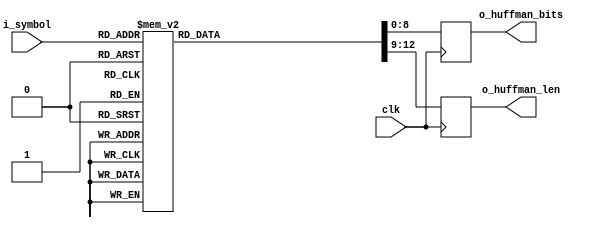

module static_huffman_table (
    input  wire        clk,
    input  wire [ 8:0] i_symbol,
    output wire [ 8:0] o_huffman_bits,
    output wire [ 3:0] o_huffman_len
);

reg  [ 8:0] bits;
reg  [ 3:0] len;

assign o_huffman_bits = bits;
assign o_huffman_len  = len;

always @ (posedge clk)
    case (i_symbol)
        9'h000 : begin  bits <= 9'h00c;  len <= 4'd8;  end
        9'h001 : begin  bits <= 9'h08c;  len <= 4'd8;  end
        9'h002 : begin  bits <= 9'h04c;  len <= 4'd8;  end
        9'h003 : begin  bits <= 9'h0cc;  len <= 4'd8;  end
        9'h004 : begin  bits <= 9'h02c;  len <= 4'd8;  end
        9'h005 : begin  bits <= 9'h0ac;  len <= 4'd8;  end
        9'h006 : begin  bits <= 9'h06c;  len <= 4'd8;  end
        9'h007 : begin  bits <= 9'h0ec;  len <= 4'd8;  end
        9'h008 : begin  bits <= 9'h01c;  len <= 4'd8;  end
        9'h009 : begin  bits <= 9'h09c;  len <= 4'd8;  end
        9'h00a : begin  bits <= 9'h05c;  len <= 4'd8;  end
        9'h00b : begin  bits <= 9'h0dc;  len <= 4'd8;  end
        9'h00c : begin  bits <= 9'h03c;  len <= 4'd8;  end
        9'h00d : begin  bits <= 9'h0bc;  len <= 4'd8;  end
        9'h00e : begin  bits <= 9'h07c;  len <= 4'd8;  end
        9'h00f : begin  bits <= 9'h0fc;  len <= 4'd8;  end
        9'h010 : begin  bits <= 9'h002;  len <= 4'd8;  end
        9'h011 : begin  bits <= 9'h082;  len <= 4'd8;  end
        9'h012 : begin  bits <= 9'h042;  len <= 4'd8;  end
        9'h013 : begin  bits <= 9'h0c2;  len <= 4'd8;  end
        9'h014 : begin  bits <= 9'h022;  len <= 4'd8;  end
        9'h015 : begin  bits <= 9'h0a2;  len <= 4'd8;  end
        9'h016 : begin  bits <= 9'h062;  len <= 4'd8;  end
        9'h017 : begin  bits <= 9'h0e2;  len <= 4'd8;  end
        9'h018 : begin  bits <= 9'h012;  len <= 4'd8;  end
        9'h019 : begin  bits <= 9'h092;  len <= 4'd8;  end
        9'h01a : begin  bits <= 9'h052;  len <= 4'd8;  end
        9'h01b : begin  bits <= 9'h0d2;  len <= 4'd8;  end
        9'h01c : begin  bits <= 9'h032;  len <= 4'd8;  end
        9'h01d : begin  bits <= 9'h0b2;  len <= 4'd8;  end
        9'h01e : begin  bits <= 9'h072;  len <= 4'd8;  end
        9'h01f : begin  bits <= 9'h0f2;  len <= 4'd8;  end
        9'h020 : begin  bits <= 9'h00a;  len <= 4'd8;  end
        9'h021 : begin  bits <= 9'h08a;  len <= 4'd8;  end
        9'h022 : begin  bits <= 9'h04a;  len <= 4'd8;  end
        9'h023 : begin  bits <= 9'h0ca;  len <= 4'd8;  end
        9'h024 : begin  bits <= 9'h02a;  len <= 4'd8;  end
        9'h025 : begin  bits <= 9'h0aa;  len <= 4'd8;  end
        9'h026 : begin  bits <= 9'h06a;  len <= 4'd8;  end
        9'h027 : begin  bits <= 9'h0ea;  len <= 4'd8;  end
        9'h028 : begin  bits <= 9'h01a;  len <= 4'd8;  end
        9'h029 : begin  bits <= 9'h09a;  len <= 4'd8;  end
        9'h02a : begin  bits <= 9'h05a;  len <= 4'd8;  end
        9'h02b : begin  bits <= 9'h0da;  len <= 4'd8;  end
        9'h02c : begin  bits <= 9'h03a;  len <= 4'd8;  end
        9'h02d : begin  bits <= 9'h0ba;  len <= 4'd8;  end
        9'h02e : begin  bits <= 9'h07a;  len <= 4'd8;  end
        9'h02f : begin  bits <= 9'h0fa;  len <= 4'd8;  end
        9'h030 : begin  bits <= 9'h006;  len <= 4'd8;  end
        9'h031 : begin  bits <= 9'h086;  len <= 4'd8;  end
        9'h032 : begin  bits <= 9'h046;  len <= 4'd8;  end
        9'h033 : begin  bits <= 9'h0c6;  len <= 4'd8;  end
        9'h034 : begin  bits <= 9'h026;  len <= 4'd8;  end
        9'h035 : begin  bits <= 9'h0a6;  len <= 4'd8;  end
        9'h036 : begin  bits <= 9'h066;  len <= 4'd8;  end
        9'h037 : begin  bits <= 9'h0e6;  len <= 4'd8;  end
        9'h038 : begin  bits <= 9'h016;  len <= 4'd8;  end
        9'h039 : begin  bits <= 9'h096;  len <= 4'd8;  end
        9'h03a : begin  bits <= 9'h056;  len <= 4'd8;  end
        9'h03b : begin  bits <= 9'h0d6;  len <= 4'd8;  end
        9'h03c : begin  bits <= 9'h036;  len <= 4'd8;  end
        9'h03d : begin  bits <= 9'h0b6;  len <= 4'd8;  end
        9'h03e : begin  bits <= 9'h076;  len <= 4'd8;  end
        9'h03f : begin  bits <= 9'h0f6;  len <= 4'd8;  end
        9'h040 : begin  bits <= 9'h00e;  len <= 4'd8;  end
        9'h041 : begin  bits <= 9'h08e;  len <= 4'd8;  end
        9'h042 : begin  bits <= 9'h04e;  len <= 4'd8;  end
        9'h043 : begin  bits <= 9'h0ce;  len <= 4'd8;  end
        9'h044 : begin  bits <= 9'h02e;  len <= 4'd8;  end
        9'h045 : begin  bits <= 9'h0ae;  len <= 4'd8;  end
        9'h046 : begin  bits <= 9'h06e;  len <= 4'd8;  end
        9'h047 : begin  bits <= 9'h0ee;  len <= 4'd8;  end
        9'h048 : begin  bits <= 9'h01e;  len <= 4'd8;  end
        9'h049 : begin  bits <= 9'h09e;  len <= 4'd8;  end
        9'h04a : begin  bits <= 9'h05e;  len <= 4'd8;  end
        9'h04b : begin  bits <= 9'h0de;  len <= 4'd8;  end
        9'h04c : begin  bits <= 9'h03e;  len <= 4'd8;  end
        9'h04d : begin  bits <= 9'h0be;  len <= 4'd8;  end
        9'h04e : begin  bits <= 9'h07e;  len <= 4'd8;  end
        9'h04f : begin  bits <= 9'h0fe;  len <= 4'd8;  end
        9'h050 : begin  bits <= 9'h001;  len <= 4'd8;  end
        9'h051 : begin  bits <= 9'h081;  len <= 4'd8;  end
        9'h052 : begin  bits <= 9'h041;  len <= 4'd8;  end
        9'h053 : begin  bits <= 9'h0c1;  len <= 4'd8;  end
        9'h054 : begin  bits <= 9'h021;  len <= 4'd8;  end
        9'h055 : begin  bits <= 9'h0a1;  len <= 4'd8;  end
        9'h056 : begin  bits <= 9'h061;  len <= 4'd8;  end
        9'h057 : begin  bits <= 9'h0e1;  len <= 4'd8;  end
        9'h058 : begin  bits <= 9'h011;  len <= 4'd8;  end
        9'h059 : begin  bits <= 9'h091;  len <= 4'd8;  end
        9'h05a : begin  bits <= 9'h051;  len <= 4'd8;  end
        9'h05b : begin  bits <= 9'h0d1;  len <= 4'd8;  end
        9'h05c : begin  bits <= 9'h031;  len <= 4'd8;  end
        9'h05d : begin  bits <= 9'h0b1;  len <= 4'd8;  end
        9'h05e : begin  bits <= 9'h071;  len <= 4'd8;  end
        9'h05f : begin  bits <= 9'h0f1;  len <= 4'd8;  end
        9'h060 : begin  bits <= 9'h009;  len <= 4'd8;  end
        9'h061 : begin  bits <= 9'h089;  len <= 4'd8;  end
        9'h062 : begin  bits <= 9'h049;  len <= 4'd8;  end
        9'h063 : begin  bits <= 9'h0c9;  len <= 4'd8;  end
        9'h064 : begin  bits <= 9'h029;  len <= 4'd8;  end
        9'h065 : begin  bits <= 9'h0a9;  len <= 4'd8;  end
        9'h066 : begin  bits <= 9'h069;  len <= 4'd8;  end
        9'h067 : begin  bits <= 9'h0e9;  len <= 4'd8;  end
        9'h068 : begin  bits <= 9'h019;  len <= 4'd8;  end
        9'h069 : begin  bits <= 9'h099;  len <= 4'd8;  end
        9'h06a : begin  bits <= 9'h059;  len <= 4'd8;  end
        9'h06b : begin  bits <= 9'h0d9;  len <= 4'd8;  end
        9'h06c : begin  bits <= 9'h039;  len <= 4'd8;  end
        9'h06d : begin  bits <= 9'h0b9;  len <= 4'd8;  end
        9'h06e : begin  bits <= 9'h079;  len <= 4'd8;  end
        9'h06f : begin  bits <= 9'h0f9;  len <= 4'd8;  end
        9'h070 : begin  bits <= 9'h005;  len <= 4'd8;  end
        9'h071 : begin  bits <= 9'h085;  len <= 4'd8;  end
        9'h072 : begin  bits <= 9'h045;  len <= 4'd8;  end
        9'h073 : begin  bits <= 9'h0c5;  len <= 4'd8;  end
        9'h074 : begin  bits <= 9'h025;  len <= 4'd8;  end
        9'h075 : begin  bits <= 9'h0a5;  len <= 4'd8;  end
        9'h076 : begin  bits <= 9'h065;  len <= 4'd8;  end
        9'h077 : begin  bits <= 9'h0e5;  len <= 4'd8;  end
        9'h078 : begin  bits <= 9'h015;  len <= 4'd8;  end
        9'h079 : begin  bits <= 9'h095;  len <= 4'd8;  end
        9'h07a : begin  bits <= 9'h055;  len <= 4'd8;  end
        9'h07b : begin  bits <= 9'h0d5;  len <= 4'd8;  end
        9'h07c : begin  bits <= 9'h035;  len <= 4'd8;  end
        9'h07d : begin  bits <= 9'h0b5;  len <= 4'd8;  end
        9'h07e : begin  bits <= 9'h075;  len <= 4'd8;  end
        9'h07f : begin  bits <= 9'h0f5;  len <= 4'd8;  end
        9'h080 : begin  bits <= 9'h00d;  len <= 4'd8;  end
        9'h081 : begin  bits <= 9'h08d;  len <= 4'd8;  end
        9'h082 : begin  bits <= 9'h04d;  len <= 4'd8;  end
        9'h083 : begin  bits <= 9'h0cd;  len <= 4'd8;  end
        9'h084 : begin  bits <= 9'h02d;  len <= 4'd8;  end
        9'h085 : begin  bits <= 9'h0ad;  len <= 4'd8;  end
        9'h086 : begin  bits <= 9'h06d;  len <= 4'd8;  end
        9'h087 : begin  bits <= 9'h0ed;  len <= 4'd8;  end
        9'h088 : begin  bits <= 9'h01d;  len <= 4'd8;  end
        9'h089 : begin  bits <= 9'h09d;  len <= 4'd8;  end
        9'h08a : begin  bits <= 9'h05d;  len <= 4'd8;  end
        9'h08b : begin  bits <= 9'h0dd;  len <= 4'd8;  end
        9'h08c : begin  bits <= 9'h03d;  len <= 4'd8;  end
        9'h08d : begin  bits <= 9'h0bd;  len <= 4'd8;  end
        9'h08e : begin  bits <= 9'h07d;  len <= 4'd8;  end
        9'h08f : begin  bits <= 9'h0fd;  len <= 4'd8;  end
        9'h090 : begin  bits <= 9'h013;  len <= 4'd9;  end
        9'h091 : begin  bits <= 9'h113;  len <= 4'd9;  end
        9'h092 : begin  bits <= 9'h093;  len <= 4'd9;  end
        9'h093 : begin  bits <= 9'h193;  len <= 4'd9;  end
        9'h094 : begin  bits <= 9'h053;  len <= 4'd9;  end
        9'h095 : begin  bits <= 9'h153;  len <= 4'd9;  end
        9'h096 : begin  bits <= 9'h0d3;  len <= 4'd9;  end
        9'h097 : begin  bits <= 9'h1d3;  len <= 4'd9;  end
        9'h098 : begin  bits <= 9'h033;  len <= 4'd9;  end
        9'h099 : begin  bits <= 9'h133;  len <= 4'd9;  end
        9'h09a : begin  bits <= 9'h0b3;  len <= 4'd9;  end
        9'h09b : begin  bits <= 9'h1b3;  len <= 4'd9;  end
        9'h09c : begin  bits <= 9'h073;  len <= 4'd9;  end
        9'h09d : begin  bits <= 9'h173;  len <= 4'd9;  end
        9'h09e : begin  bits <= 9'h0f3;  len <= 4'd9;  end
        9'h09f : begin  bits <= 9'h1f3;  len <= 4'd9;  end
        9'h0a0 : begin  bits <= 9'h00b;  len <= 4'd9;  end
        9'h0a1 : begin  bits <= 9'h10b;  len <= 4'd9;  end
        9'h0a2 : begin  bits <= 9'h08b;  len <= 4'd9;  end
        9'h0a3 : begin  bits <= 9'h18b;  len <= 4'd9;  end
        9'h0a4 : begin  bits <= 9'h04b;  len <= 4'd9;  end
        9'h0a5 : begin  bits <= 9'h14b;  len <= 4'd9;  end
        9'h0a6 : begin  bits <= 9'h0cb;  len <= 4'd9;  end
        9'h0a7 : begin  bits <= 9'h1cb;  len <= 4'd9;  end
        9'h0a8 : begin  bits <= 9'h02b;  len <= 4'd9;  end
        9'h0a9 : begin  bits <= 9'h12b;  len <= 4'd9;  end
        9'h0aa : begin  bits <= 9'h0ab;  len <= 4'd9;  end
        9'h0ab : begin  bits <= 9'h1ab;  len <= 4'd9;  end
        9'h0ac : begin  bits <= 9'h06b;  len <= 4'd9;  end
        9'h0ad : begin  bits <= 9'h16b;  len <= 4'd9;  end
        9'h0ae : begin  bits <= 9'h0eb;  len <= 4'd9;  end
        9'h0af : begin  bits <= 9'h1eb;  len <= 4'd9;  end
        9'h0b0 : begin  bits <= 9'h01b;  len <= 4'd9;  end
        9'h0b1 : begin  bits <= 9'h11b;  len <= 4'd9;  end
        9'h0b2 : begin  bits <= 9'h09b;  len <= 4'd9;  end
        9'h0b3 : begin  bits <= 9'h19b;  len <= 4'd9;  end
        9'h0b4 : begin  bits <= 9'h05b;  len <= 4'd9;  end
        9'h0b5 : begin  bits <= 9'h15b;  len <= 4'd9;  end
        9'h0b6 : begin  bits <= 9'h0db;  len <= 4'd9;  end
        9'h0b7 : begin  bits <= 9'h1db;  len <= 4'd9;  end
        9'h0b8 : begin  bits <= 9'h03b;  len <= 4'd9;  end
        9'h0b9 : begin  bits <= 9'h13b;  len <= 4'd9;  end
        9'h0ba : begin  bits <= 9'h0bb;  len <= 4'd9;  end
        9'h0bb : begin  bits <= 9'h1bb;  len <= 4'd9;  end
        9'h0bc : begin  bits <= 9'h07b;  len <= 4'd9;  end
        9'h0bd : begin  bits <= 9'h17b;  len <= 4'd9;  end
        9'h0be : begin  bits <= 9'h0fb;  len <= 4'd9;  end
        9'h0bf : begin  bits <= 9'h1fb;  len <= 4'd9;  end
        9'h0c0 : begin  bits <= 9'h007;  len <= 4'd9;  end
        9'h0c1 : begin  bits <= 9'h107;  len <= 4'd9;  end
        9'h0c2 : begin  bits <= 9'h087;  len <= 4'd9;  end
        9'h0c3 : begin  bits <= 9'h187;  len <= 4'd9;  end
        9'h0c4 : begin  bits <= 9'h047;  len <= 4'd9;  end
        9'h0c5 : begin  bits <= 9'h147;  len <= 4'd9;  end
        9'h0c6 : begin  bits <= 9'h0c7;  len <= 4'd9;  end
        9'h0c7 : begin  bits <= 9'h1c7;  len <= 4'd9;  end
        9'h0c8 : begin  bits <= 9'h027;  len <= 4'd9;  end
        9'h0c9 : begin  bits <= 9'h127;  len <= 4'd9;  end
        9'h0ca : begin  bits <= 9'h0a7;  len <= 4'd9;  end
        9'h0cb : begin  bits <= 9'h1a7;  len <= 4'd9;  end
        9'h0cc : begin  bits <= 9'h067;  len <= 4'd9;  end
        9'h0cd : begin  bits <= 9'h167;  len <= 4'd9;  end
        9'h0ce : begin  bits <= 9'h0e7;  len <= 4'd9;  end
        9'h0cf : begin  bits <= 9'h1e7;  len <= 4'd9;  end
        9'h0d0 : begin  bits <= 9'h017;  len <= 4'd9;  end
        9'h0d1 : begin  bits <= 9'h117;  len <= 4'd9;  end
        9'h0d2 : begin  bits <= 9'h097;  len <= 4'd9;  end
        9'h0d3 : begin  bits <= 9'h197;  len <= 4'd9;  end
        9'h0d4 : begin  bits <= 9'h057;  len <= 4'd9;  end
        9'h0d5 : begin  bits <= 9'h157;  len <= 4'd9;  end
        9'h0d6 : begin  bits <= 9'h0d7;  len <= 4'd9;  end
        9'h0d7 : begin  bits <= 9'h1d7;  len <= 4'd9;  end
        9'h0d8 : begin  bits <= 9'h037;  len <= 4'd9;  end
        9'h0d9 : begin  bits <= 9'h137;  len <= 4'd9;  end
        9'h0da : begin  bits <= 9'h0b7;  len <= 4'd9;  end
        9'h0db : begin  bits <= 9'h1b7;  len <= 4'd9;  end
        9'h0dc : begin  bits <= 9'h077;  len <= 4'd9;  end
        9'h0dd : begin  bits <= 9'h177;  len <= 4'd9;  end
        9'h0de : begin  bits <= 9'h0f7;  len <= 4'd9;  end
        9'h0df : begin  bits <= 9'h1f7;  len <= 4'd9;  end
        9'h0e0 : begin  bits <= 9'h00f;  len <= 4'd9;  end
        9'h0e1 : begin  bits <= 9'h10f;  len <= 4'd9;  end
        9'h0e2 : begin  bits <= 9'h08f;  len <= 4'd9;  end
        9'h0e3 : begin  bits <= 9'h18f;  len <= 4'd9;  end
        9'h0e4 : begin  bits <= 9'h04f;  len <= 4'd9;  end
        9'h0e5 : begin  bits <= 9'h14f;  len <= 4'd9;  end
        9'h0e6 : begin  bits <= 9'h0cf;  len <= 4'd9;  end
        9'h0e7 : begin  bits <= 9'h1cf;  len <= 4'd9;  end
        9'h0e8 : begin  bits <= 9'h02f;  len <= 4'd9;  end
        9'h0e9 : begin  bits <= 9'h12f;  len <= 4'd9;  end
        9'h0ea : begin  bits <= 9'h0af;  len <= 4'd9;  end
        9'h0eb : begin  bits <= 9'h1af;  len <= 4'd9;  end
        9'h0ec : begin  bits <= 9'h06f;  len <= 4'd9;  end
        9'h0ed : begin  bits <= 9'h16f;  len <= 4'd9;  end
        9'h0ee : begin  bits <= 9'h0ef;  len <= 4'd9;  end
        9'h0ef : begin  bits <= 9'h1ef;  len <= 4'd9;  end
        9'h0f0 : begin  bits <= 9'h01f;  len <= 4'd9;  end
        9'h0f1 : begin  bits <= 9'h11f;  len <= 4'd9;  end
        9'h0f2 : begin  bits <= 9'h09f;  len <= 4'd9;  end
        9'h0f3 : begin  bits <= 9'h19f;  len <= 4'd9;  end
        9'h0f4 : begin  bits <= 9'h05f;  len <= 4'd9;  end
        9'h0f5 : begin  bits <= 9'h15f;  len <= 4'd9;  end
        9'h0f6 : begin  bits <= 9'h0df;  len <= 4'd9;  end
        9'h0f7 : begin  bits <= 9'h1df;  len <= 4'd9;  end
        9'h0f8 : begin  bits <= 9'h03f;  len <= 4'd9;  end
        9'h0f9 : begin  bits <= 9'h13f;  len <= 4'd9;  end
        9'h0fa : begin  bits <= 9'h0bf;  len <= 4'd9;  end
        9'h0fb : begin  bits <= 9'h1bf;  len <= 4'd9;  end
        9'h0fc : begin  bits <= 9'h07f;  len <= 4'd9;  end
        9'h0fd : begin  bits <= 9'h17f;  len <= 4'd9;  end
        9'h0fe : begin  bits <= 9'h0ff;  len <= 4'd9;  end
        9'h0ff : begin  bits <= 9'h1ff;  len <= 4'd9;  end
        9'h100 : begin  bits <= 9'h000;  len <= 4'd7;  end
        9'h101 : begin  bits <= 9'h040;  len <= 4'd7;  end
        9'h102 : begin  bits <= 9'h020;  len <= 4'd7;  end
        9'h103 : begin  bits <= 9'h060;  len <= 4'd7;  end
        9'h104 : begin  bits <= 9'h010;  len <= 4'd7;  end
        9'h105 : begin  bits <= 9'h050;  len <= 4'd7;  end
        9'h106 : begin  bits <= 9'h030;  len <= 4'd7;  end
        9'h107 : begin  bits <= 9'h070;  len <= 4'd7;  end
        9'h108 : begin  bits <= 9'h008;  len <= 4'd7;  end
        9'h109 : begin  bits <= 9'h048;  len <= 4'd7;  end
        9'h10a : begin  bits <= 9'h028;  len <= 4'd7;  end
        9'h10b : begin  bits <= 9'h068;  len <= 4'd7;  end
        9'h10c : begin  bits <= 9'h018;  len <= 4'd7;  end
        9'h10d : begin  bits <= 9'h058;  len <= 4'd7;  end
        9'h10e : begin  bits <= 9'h038;  len <= 4'd7;  end
        9'h10f : begin  bits <= 9'h078;  len <= 4'd7;  end
        9'h110 : begin  bits <= 9'h004;  len <= 4'd7;  end
        9'h111 : begin  bits <= 9'h044;  len <= 4'd7;  end
        9'h112 : begin  bits <= 9'h024;  len <= 4'd7;  end
        9'h113 : begin  bits <= 9'h064;  len <= 4'd7;  end
        9'h114 : begin  bits <= 9'h014;  len <= 4'd7;  end
        9'h115 : begin  bits <= 9'h054;  len <= 4'd7;  end
        9'h116 : begin  bits <= 9'h034;  len <= 4'd7;  end
        9'h117 : begin  bits <= 9'h074;  len <= 4'd7;  end
        9'h118 : begin  bits <= 9'h003;  len <= 4'd8;  end
        9'h119 : begin  bits <= 9'h083;  len <= 4'd8;  end
        9'h11a : begin  bits <= 9'h043;  len <= 4'd8;  end
        9'h11b : begin  bits <= 9'h0c3;  len <= 4'd8;  end
        9'h11c : begin  bits <= 9'h023;  len <= 4'd8;  end
        9'h11d : begin  bits <= 9'h0a3;  len <= 4'd8;  end
        default: begin  bits <= 9'h0;    len <= 4'd0;  end
    endcase

endmodule